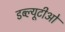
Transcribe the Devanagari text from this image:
डब्‍ल्यूटीओ